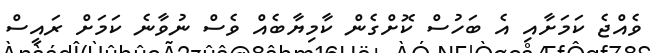
ވެއްޖެ ކަަމަށާއި އެ ބަހުސް ކޮށްގެން ކާމިޔާބެއް ވެސް ނުވާނެ ކަަމަށް ރައީސް